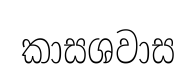
කාසශවාස